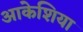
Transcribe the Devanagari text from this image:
आकेशिया